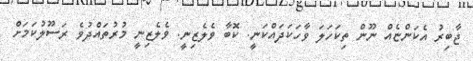
ޖާބިރު އެކަންޏެއް ނޫން ތިކަހަލަ ވާހަކަދައްކަނީ. ކޮބާ ވެލެޒިނީ. ވެލެޒިނީ މުރުތައްދުވެ ރަސޫލުކަމަށް